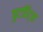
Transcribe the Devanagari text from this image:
फुटप्रिंट्स